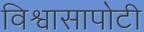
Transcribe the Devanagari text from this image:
विश्वासापोटी